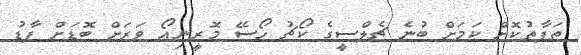
ތަފާތުކޮށް ކަމަށް ބުނެ ޗެލްސީގެ ކޯޗު ހޯސޭ މޮރީނިއޯ ވަރަށް ބޮޑަށް ފާޑު